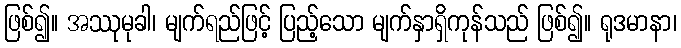
ဖြစ်၍။ အဿုမုခါ၊ မျက်ရည်ဖြင့် ပြည့်သော မျက်နှာရှိကုန်သည် ဖြစ်၍။ ရုဒမာနာ၊